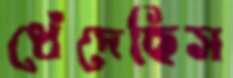
ধেঁদেছিস